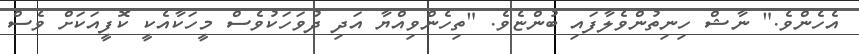
އެހެންވެ." ނާޝް ހިނިތުންވެލާފައި ބުންޏެވެ. "ތިހެންވިއްޔާ އަދި ދުވަހަކުވެސް މީހަކާއެކީ ކޮފީއަކަށް ވެސް